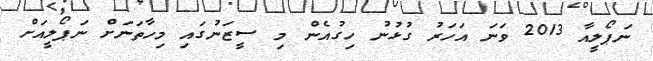
ނަޕޯލީއާ 2013 ވަނަ އަހަރު ގުޅުނު ހިގުއެން މި ސީޒަނުގައި މިހާތަނަށް ނަޕޯލީއަށް